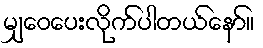
မျှဝေပေးလိုက်ပါတယ်နော်။